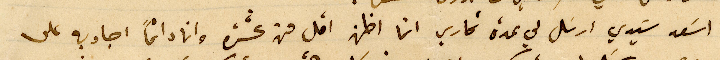
اسَعد سَيدي ارسَل لي عدة تحارير انما اظن اقل من عشرة وانا دائماً اجاوبه على